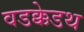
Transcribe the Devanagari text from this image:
वडक्केडथ